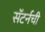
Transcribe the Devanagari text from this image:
सॅटर्नची